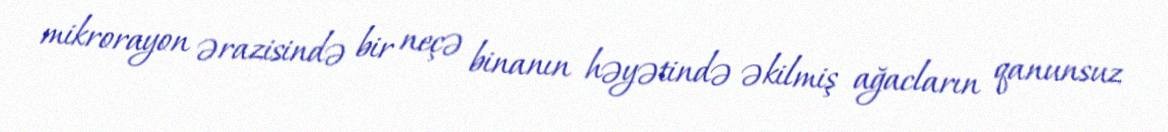
mikrorayon ərazisində bir neçə binanın həyətində əkilmiş ağacların qanunsuz